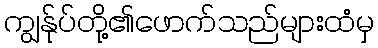
ကျွန်ုပ်တို့၏ဖောက်သည်များထံမှ